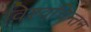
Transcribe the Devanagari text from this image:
विश्वचिन्तन